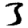
Digit: 3